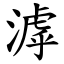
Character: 滹